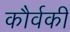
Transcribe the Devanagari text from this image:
कौर्वकी